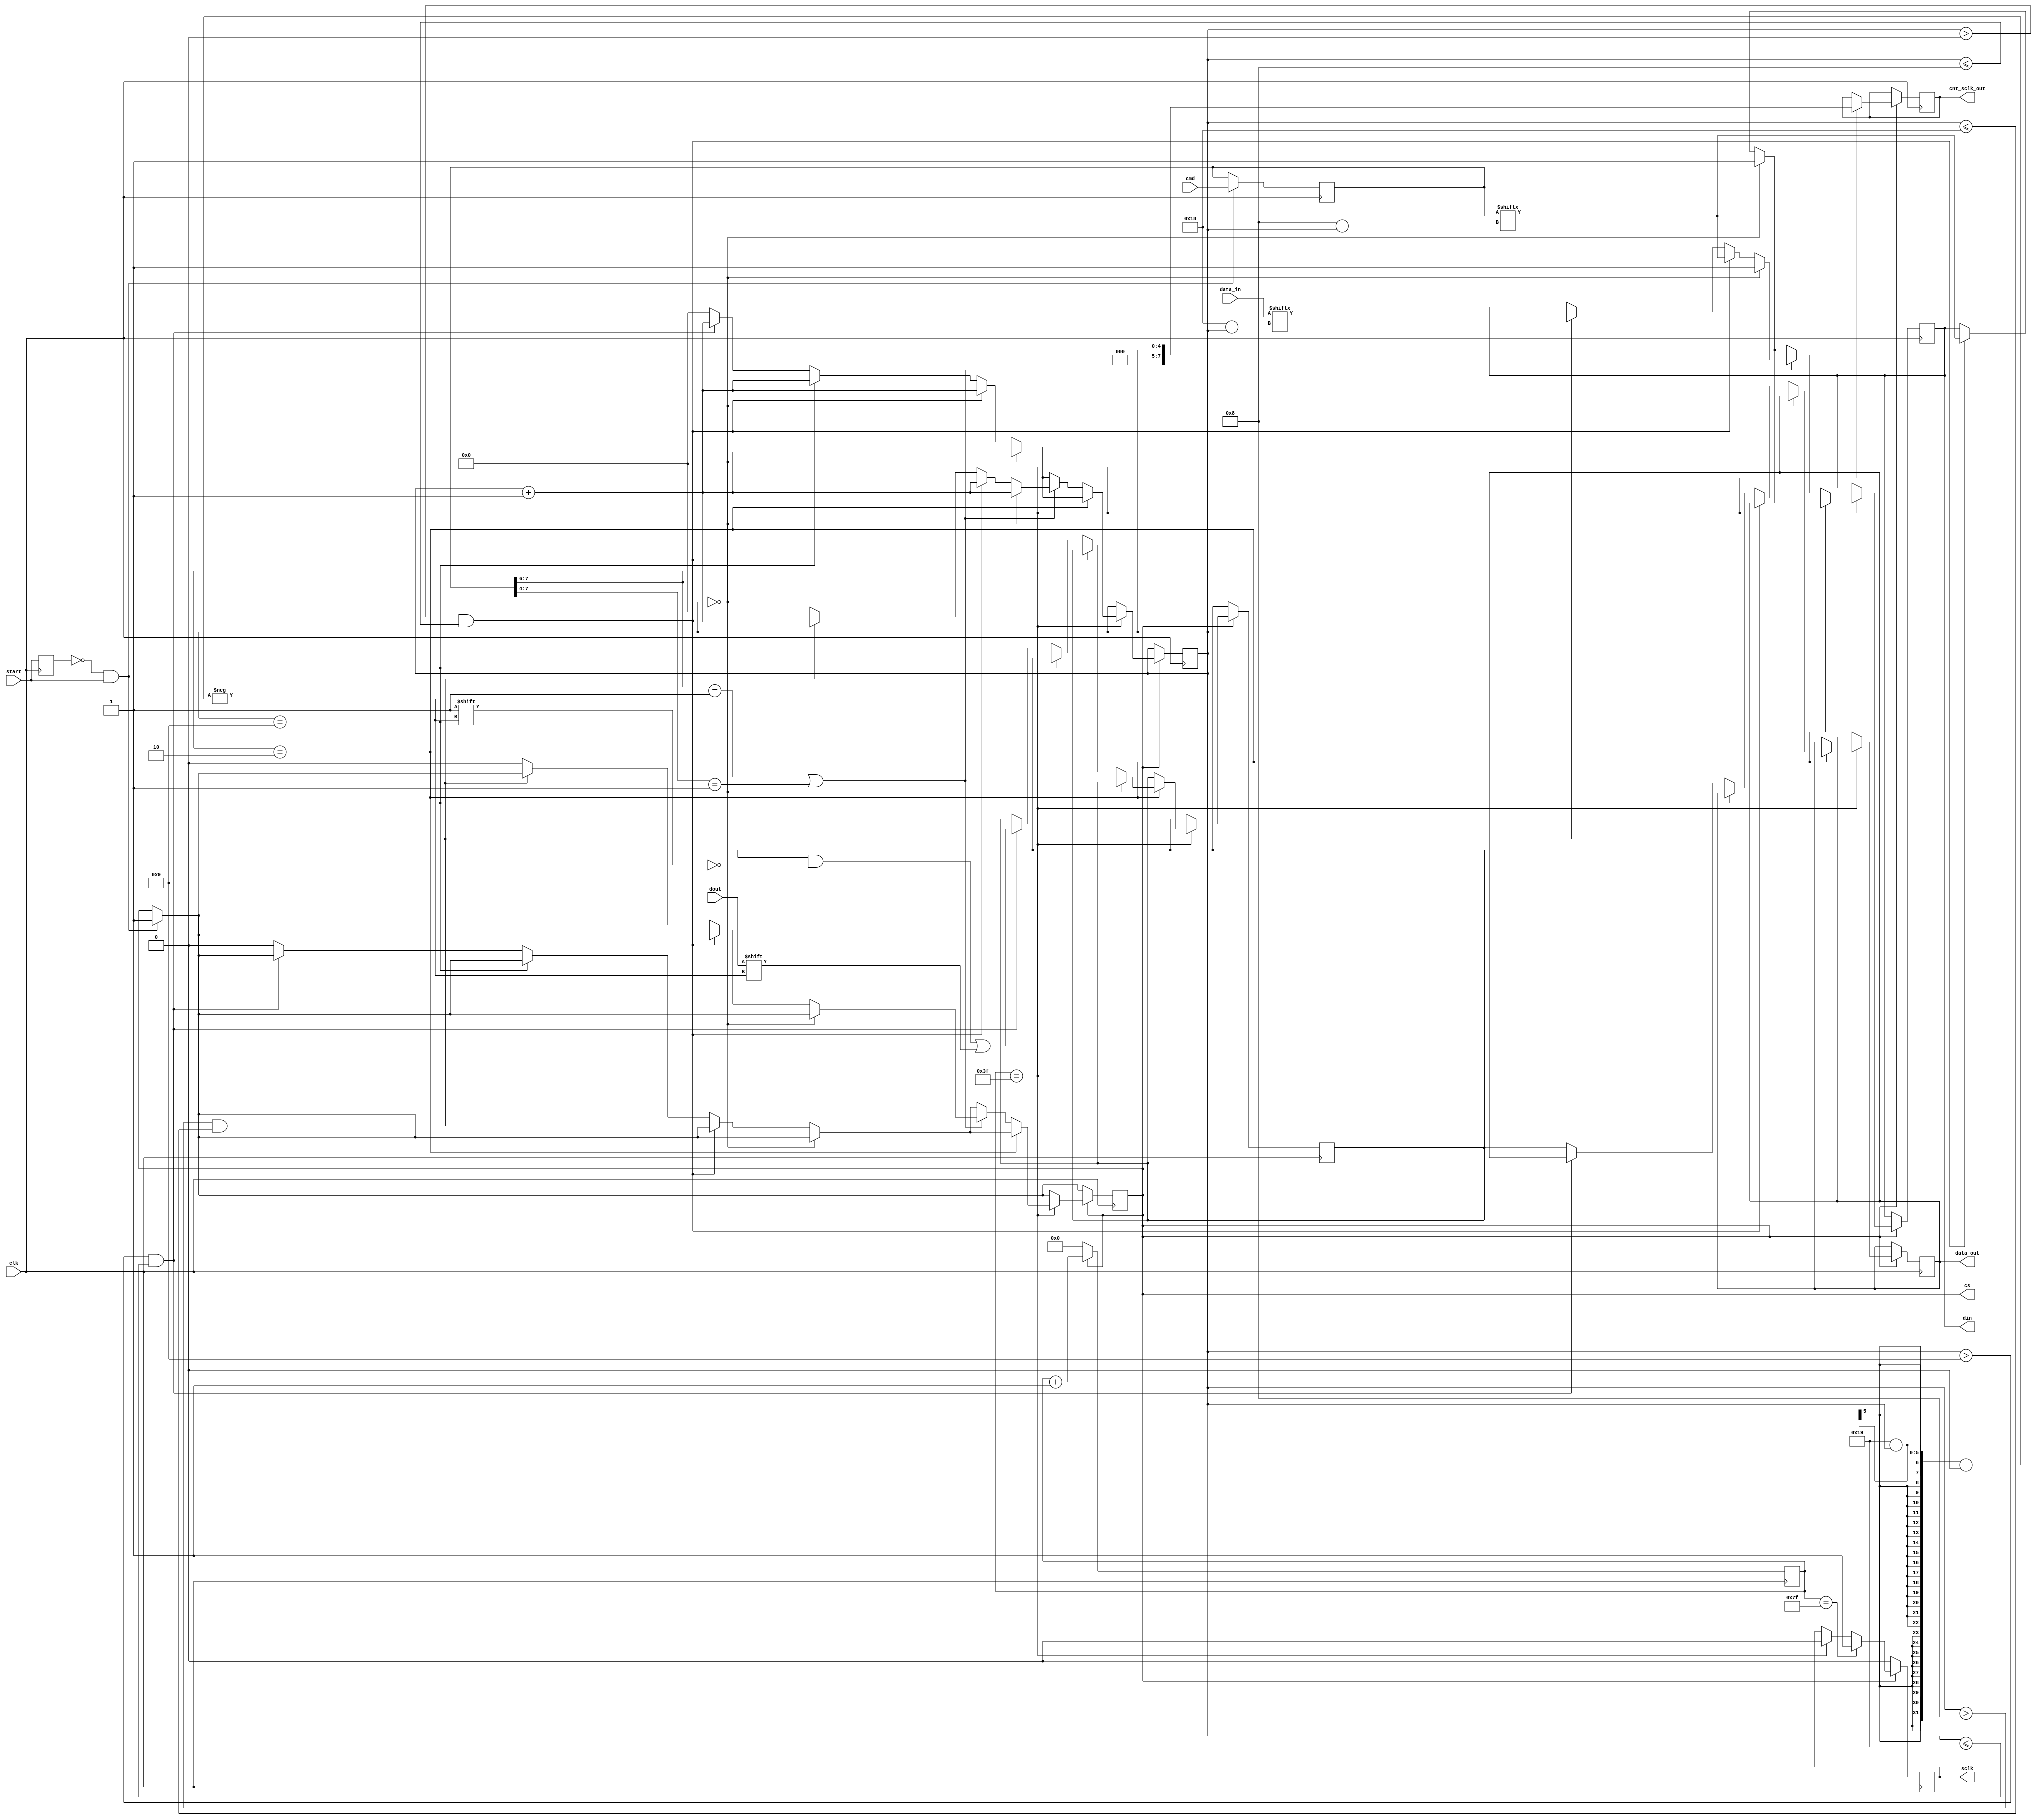
module at93c46d_spi #
(
)
(
  input wire                      clk,
  input wire [8-1:0]              cmd, // 2 bits for op code then 6 bits for address
  input wire [16-1:0]             data_in,
  input wire                      start,
  input wire                      dout,

  output reg                      cs,
  output reg                      sclk,
  output reg                      din, 
  output reg [8-1:0]              cnt_sclk_out,
  output reg [16-1:0]             data_out
);
  reg start_next;
  reg sclk_int;
  reg [8-1:0] cmd_reg;
  reg [16-1:0] data_in_reg;
  reg [16-1:0] data_out_reg;
  reg [7-1:0] cnt_clk  = 7'b0000000;
  reg [5-1: 0] cnt_sclk = {(5){1'b0}};

  always @(posedge clk) begin
    start_next <= start;
    
    if (!start_next && start) begin
      cs <= 1'b1;
      data_in_reg <= data_in;
      cmd_reg <= cmd;
    end
    
    if (cs == 1'b1) begin
      cnt_clk <= cnt_clk + 1;
      if (cnt_clk == 7'b0111111) begin
        sclk <= 1'b0;
        cnt_sclk_out <= cnt_sclk;
        if (cs == 1'b1) begin
          cnt_sclk <= cnt_sclk + 1;
          
          if (cmd_reg[8-1:6] == 2'b10) begin // READ mode
            if (cnt_sclk == 5'b00000) begin
              din <= 1'b1;
            end else if ((cnt_sclk > 5'b00000) && (cnt_sclk <= 5'b01000)) begin
              din <= cmd_reg[8-cnt_sclk];
            end else if (cnt_sclk == 5'b01001) begin
              // dummy bit preceding data
           end else if ((cnt_sclk > 5'b01001) && (cnt_sclk <= 5'b11001)) begin
             data_out_reg[25-cnt_sclk] <= dout;
            end else begin
              cs <= 1'b0;
              cnt_sclk <= 5'b00000;
              data_out <= data_out_reg;
            end
          end
          else if (cmd_reg[8-1:6] == 2'b01 | cmd_reg[8-1:4] == 2'b0001) begin // WRITE or WRAL mode
            if (cnt_sclk == 5'b00000) begin
              din <= 1'b1;
            end else if ((cnt_sclk > 5'b00000) && (cnt_sclk <= 5'b01000)) begin
              din <= cmd_reg[8-cnt_sclk];
            end else if ((cnt_sclk > 5'b01000) && (cnt_sclk <= 5'b11000)) begin
              din <= data_in[24 - cnt_sclk];
            end else begin
              cs <= 1'b0;
              cnt_sclk <= 5'b00000;
            end
          end
          else begin // Other modes (EWEN, ERASE, ERAL, EWDS)
            if (cnt_sclk == 5'b00000) begin
              din <= 1'b1;
            end else if ((cnt_sclk > 5'b00000) && (cnt_sclk <= 5'b01000)) begin
              din <= cmd_reg[8-cnt_sclk];
            end else if (cnt_sclk == 5'b01001) begin
              // dummy bit preceding data
            end else if ((cnt_sclk > 5'b01001) && (cnt_sclk <= 5'b11001)) begin
              // nothing happens here
            end else begin
              cs <= 1'b0;
              cnt_sclk <= 5'b00000;
            end
          end
        end
      end
               
      if (cnt_clk == 7'b1111111) begin
        sclk <= 1'b1;
      end
      
    end else begin
      sclk <= 1'b0;
      cnt_clk  = 7'b0000000;
    end
  end

endmodule